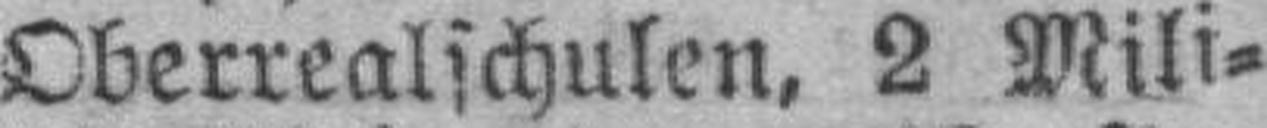
Oberrealschulen, 2 Mili¬